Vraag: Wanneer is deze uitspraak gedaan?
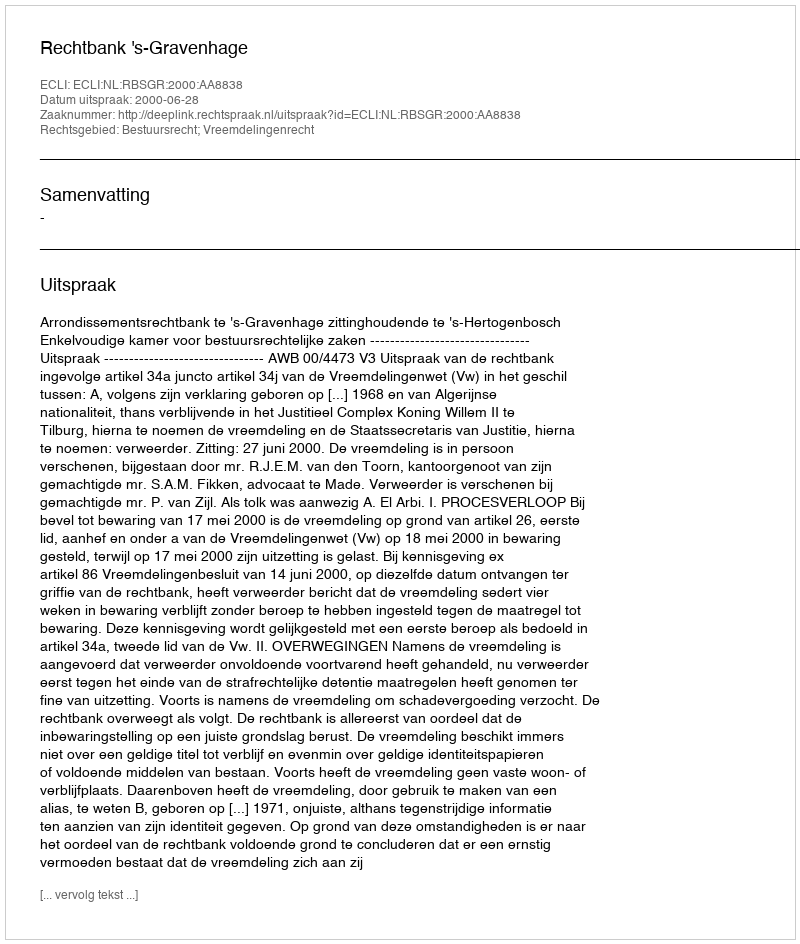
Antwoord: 2000-06-28